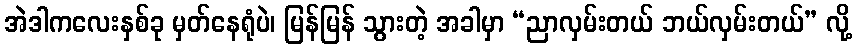
အဲဒါကလေးနှစ်ခု မှတ်နေရုံပဲ၊ မြန်မြန် သွားတဲ့ အခါမှာ “ညာလှမ်းတယ် ဘယ်လှမ်းတယ်” လို့